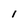
Character: 1